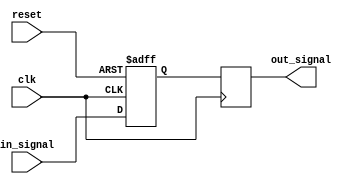
module inverter_delay(
    input wire clk,        // Clock signal
    input wire reset,      // Reset signal
    input wire in_signal,  // Input signal
    output reg out_signal  // Output signal with delay
);

reg flipflop;

// Synchronization flip-flop
always @(posedge clk or posedge reset) begin
    if (reset) begin
        flipflop <= 1'b0;
    end else begin
        flipflop <= in_signal;
    end
end

// Delay flip-flop
always @(posedge clk) begin
    out_signal <= flipflop;
end

endmodule